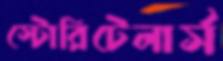
স্টোরিটেলার্স